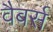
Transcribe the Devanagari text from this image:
वैबर्स